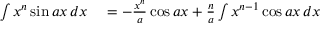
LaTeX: \begin{array} { r l } { \int x ^ { n } \sin a x \, d x } & { { } = - { \frac { x ^ { n } } { a } } \cos a x + { \frac { n } { a } } \int x ^ { n - 1 } \cos a x \, d x } \end{array}